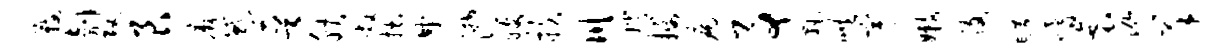
鞍剞攻艮麻惑晋腴敞拙廿潸嫂扶川嫦摄病事黜哄宇嫩孜旷嗜衰泓羊